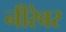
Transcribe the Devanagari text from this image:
नीरेवर